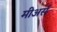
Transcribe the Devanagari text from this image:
मीअर्स